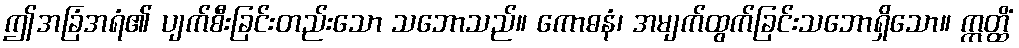
ဤအခြံအရံ၏ ပျက်စီးခြင်းတည်းသော သဘောသည်။ ကောဓနံ၊ အမျက်ထွက်ခြင်းသဘောရှိသော။ ဣတ္ထိံ